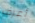
أعرف